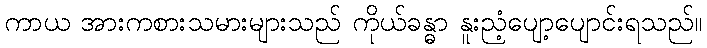
ကာယ အားကစားသမားများသည် ကိုယ်ခန္ဓာ နူးညံ့ပျော့ပျောင်းရသည်။